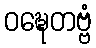
ဝဍ္ဎေတဗ္ဗံ